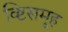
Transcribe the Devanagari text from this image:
व्ष्टिसमूह